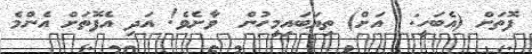
ފޮތަށް (އެބަހީ:  އަށް) ތިޔަބައިމީހުން  ވާށެވެ! އަދި އެފޮތަށް އެންމެ